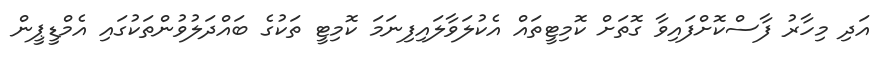
އަދި މިހާރު ފާސްކޮށްފައިވާ ގޮތަށް ކޮމިޓީތައް އެކުލަވާލައިފިނަމަ ކޮމިޓީ ތަކުގެ ބައްދަލުވުންތަކުގައި އެމްޑީޕީން